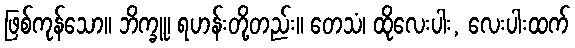
ဖြစ်ကုန်သော။ ဘိက္ခူ၊ ရဟန်းတို့တည်း။ တေသံ၊ ထိုလေးပါး, လေးပါးထက်